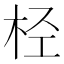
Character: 𣐕